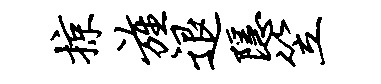
掠旌退隐笠